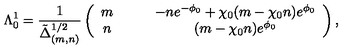
\Lambda _ { 0 } ^ { 1 } = \frac { 1 } { \tilde { \Delta } _ { ( m , n ) } ^ { 1 / 2 } } \left( \begin{array} { c c } { m \qquad } & { - n e ^ { - \phi _ { 0 } } + \chi _ { 0 } ( m - \chi _ { 0 } n ) e ^ { \phi _ { 0 } } } \\ { n \qquad } & { ( m - \chi _ { 0 } n ) e ^ { \phi _ { 0 } } } \\ \end{array} \right) ,